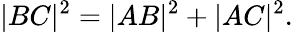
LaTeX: |BC|^{2}=|AB|^{2}+|AC|^{2}.